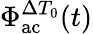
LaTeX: \Phi_{\mathrm{ac}}^{\Delta T_{0}}(t)